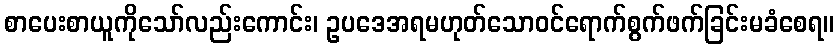
စာပေးစာယူကိုသော်လည်းကောင်း၊ ဥပဒေအရမဟုတ်သောဝင်ရောက်စွက်ဖက်ခြင်းမခံစေရ။